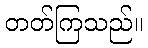
တတ်ကြသည်။